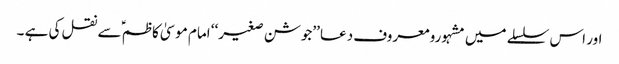
اور اس سلسلے میں مشہورو معروف دعا ’’جوشن صغیر‘‘ امام موسیٰ کاظم ؑسے نقل کی ہے ۔